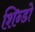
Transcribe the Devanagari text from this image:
शिन्डो